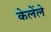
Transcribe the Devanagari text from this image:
केलेंले